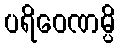
ပရိဝေဏမ္ပိ